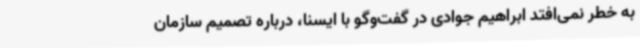
به خطر نمی‌افتد ابراهیم جوادی در گفت‌وگو با ایسنا، درباره تصمیم سازمان